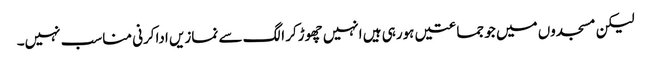
لیکن مسجدوں میں جو جماعتیں ہورہی ہیں انہیں چھوڑکر الگ سے نمازیں اداکرنی مناسب نہیں۔